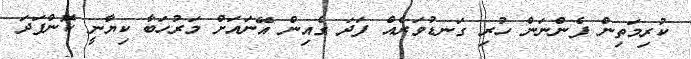
ކުރިމަތިން ފެންނަން ހުރި ގަނޑުވަރެއް ފަދަ ގެއިން އޭނައަށް މަރުހަބާ ކިޔާނީ ކޮންފަދަ